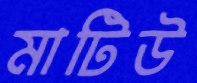
মাটিউ